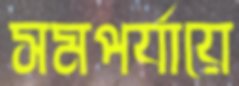
সমপর্যায়ে